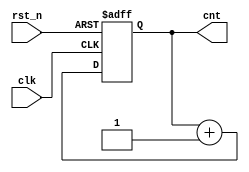
module counter(
    input clk, 
    input rst_n,
    output [3:0] cnt
);

    reg [3:0] r_cnt;
    
always @(posedge clk or negedge rst_n)
begin
	if (!rst_n)
		r_cnt <= 4'b0000;
	else
		r_cnt <= cnt+1;
end

assign cnt = r_cnt;

endmodule

`timescale 1ns/1ps

module counter_tb;

reg clk;
reg rst_n;
wire [3:0] cnt;

counter instance_counter (
	.clk(clk),
	.rst_n(rst_n),
	.cnt(cnt)
);

initial begin
	clk = 0;
	rst_n = 1;
	#10
	rst_n = 0;
	#10
	rst_n = 1;
	#100
	
	$finish;
end

always 
	#5
	clk = ~clk;
	
initial begin
	$monitor("=%t, =%d", $time, cnt);
end

endmodule